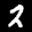
Label: 2